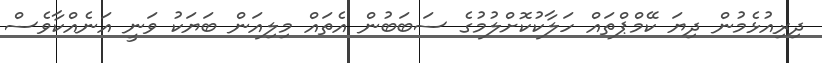
ދިރިއުޅެމުން ދިޔަ ކޭމްޕްތައް ހަލާކުކޮށްލުމުގެ ސަބަބުން އެތައް މިލިއަން ބަޔަކު ވަނީ އަނެއްކާވެސް